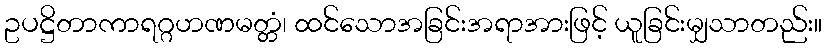
ဥပဋ္ဌိတာကာရဂ္ဂဟဏမတ္တံ၊ ထင်သောအခြင်းအရာအားဖြင့် ယူခြင်းမျှသာတည်း။